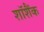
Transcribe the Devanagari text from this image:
शॉशैंक